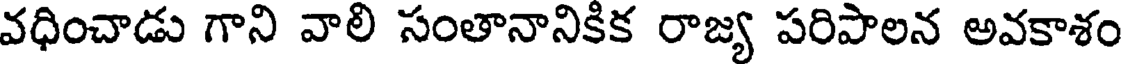
వధించాడు గాని వాలి సంతానానికిక రాజ్య పరిపాలన అవకాశం